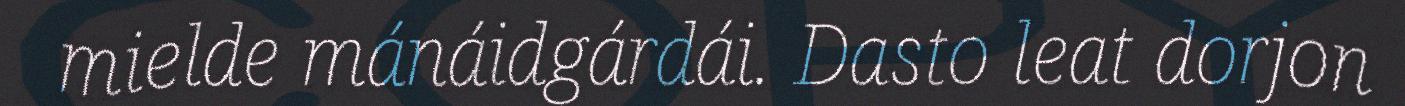
mielde mánáidgárdái. Dasto leat dorjon